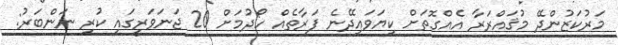
މަރުކަޒުންދޭ މުޤައްރަރާ އެއްގޮތަށް ކިޔަވައިދޭނެ ފަރާތެއް ހޯދުމަށް 20 ޖަނަވަރީގައި ކުރި ނަންބަރު: